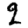
Digit: 2